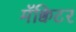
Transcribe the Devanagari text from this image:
मॅक्विटर